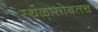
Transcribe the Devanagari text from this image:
स्थळासोबतच